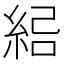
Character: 𰫣